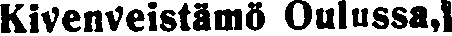
Kivenveistämö Oulussa,